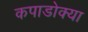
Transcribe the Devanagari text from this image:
कपाडोक्या